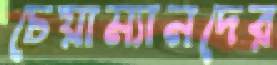
চেয়াম্যানদের